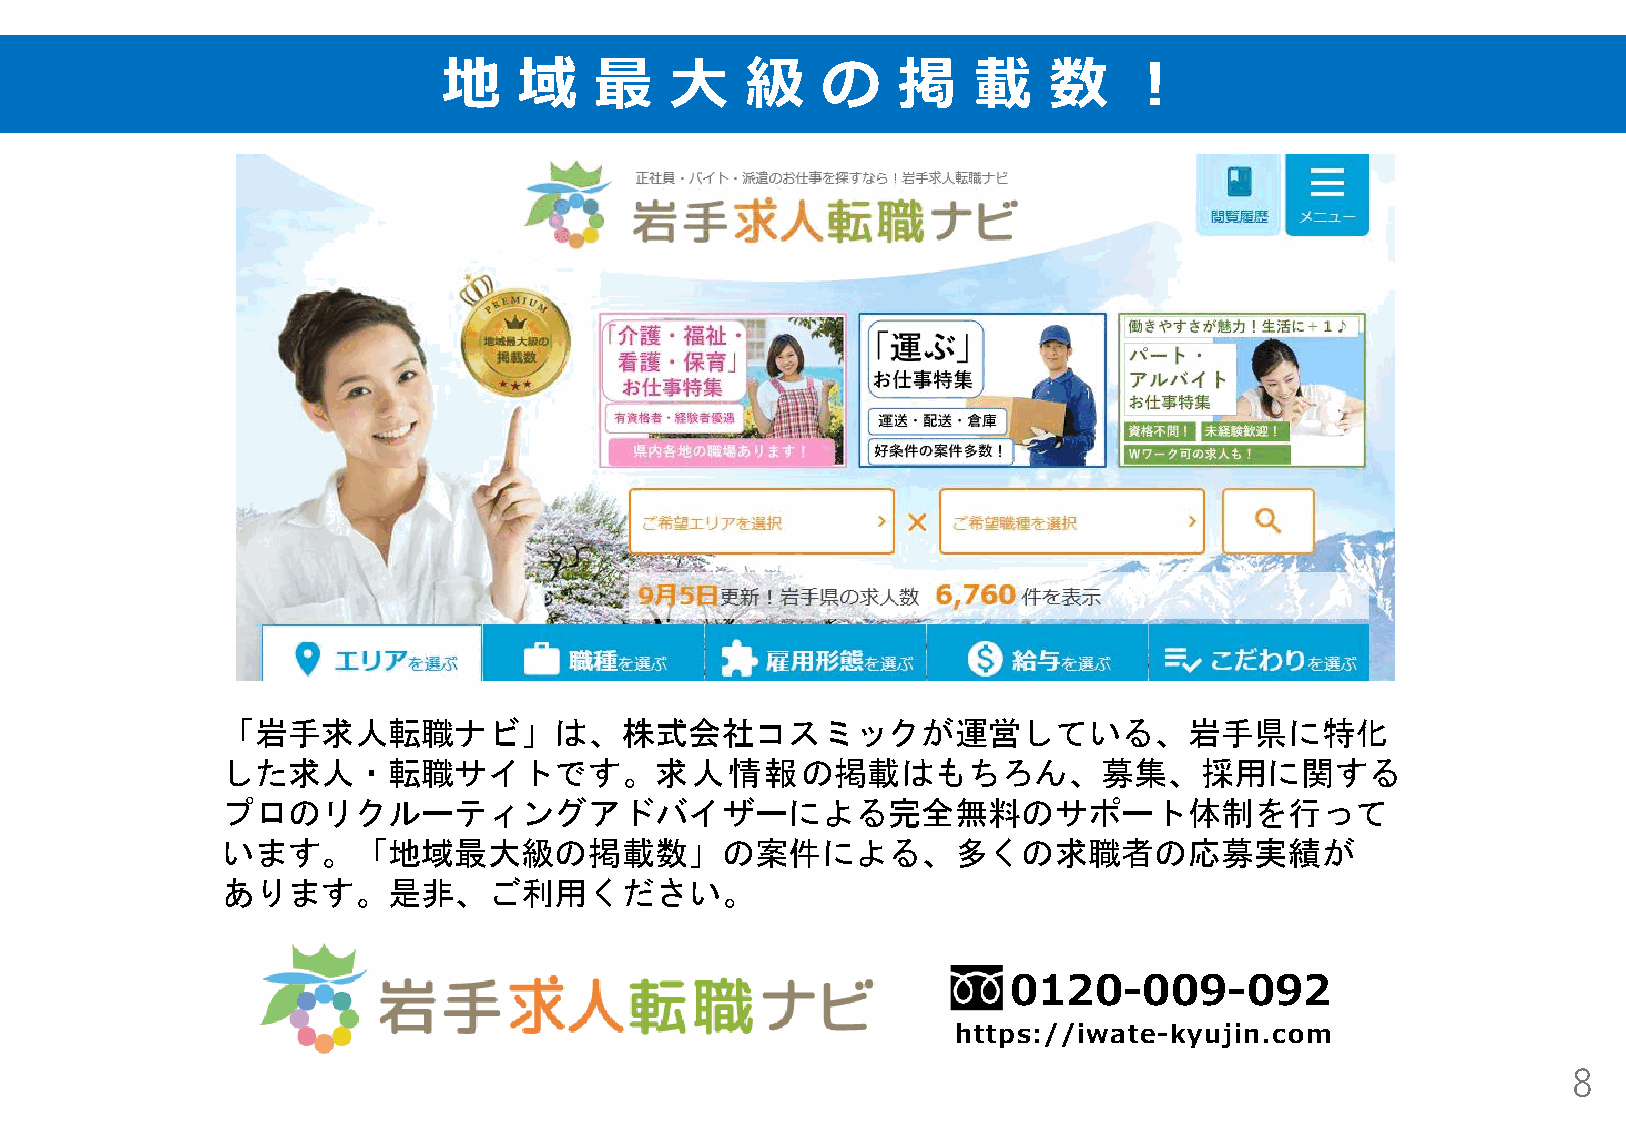
地    域    最    大    級    の    掲    載    数     ！
 「岩手求人転職ナビ」は、株式会社コスミックが運営している、岩手県に特化
 した求人・転職サイトです。求人情報の掲載はもちろん、募集、採用に関する
 プロのリクルーティングアドバイザーによる完全無料のサポート体制を行って
 います。「地域最大級の掲載数」の案件による、多くの求職者の応募実績が
 あります。是非、ご利用ください。
 0120-009-092
 https://iwate-kyujin.com
 8